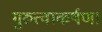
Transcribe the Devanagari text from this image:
गुरुत्वाकर्षण।